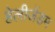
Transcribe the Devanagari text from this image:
हेलीजेंडम